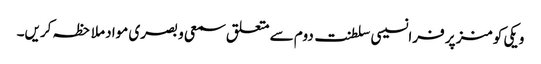
ویکی کومنز پر فرانسیسی سلطنت دوم سے متعلق سمعی و بصری مواد ملاحظہ کریں۔